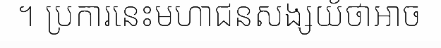
។ ប្រការនេះមហាជនសង្សយ័ថាអាច